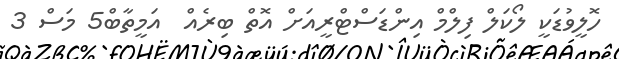
ހޮލީވުޑަކީ ލޯކަލް ފިލްމް އިންޑަސްޓްރީއަށް އޮތް ބިރެއް  އަމީތާބް5 މަސް 3